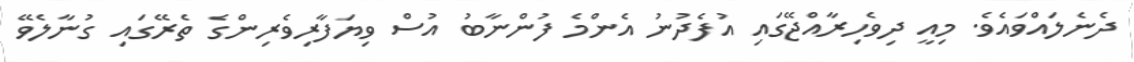
ދެނެލައްވައެވެ. މިއީ ދިވެހިރާއްޖޭގައި އުފެދުނު އެންމެ ފުންނާބު އުސް ވިޔަފާރިވެރިންގެ ތެރޭގައި ގުނާލެވޭ